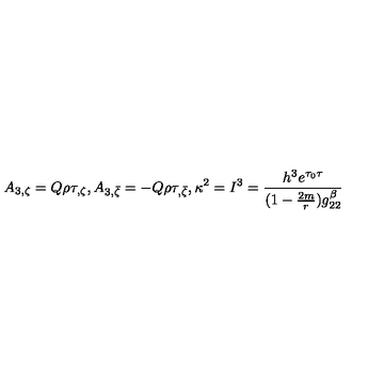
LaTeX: A _ { 3 , \zeta } = Q \rho \tau _ { , \zeta } , A _ { 3 , \bar { \zeta } } = - Q \rho \tau _ { , \bar { \zeta } } , \kappa ^ { 2 } = I ^ { 3 } = { \frac { h ^ { 3 } e ^ { \tau _ { 0 } \tau } } { ( 1 - { \frac { 2 m } { r } } ) g _ { 2 2 } ^ { \beta } } }